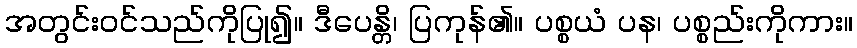
အတွင်းဝင်သည်ကိုပြု၍။ ဒီပေန္တိ၊ ပြကုန်၏။ ပစ္စယံ ပန၊ ပစ္စည်းကိုကား။